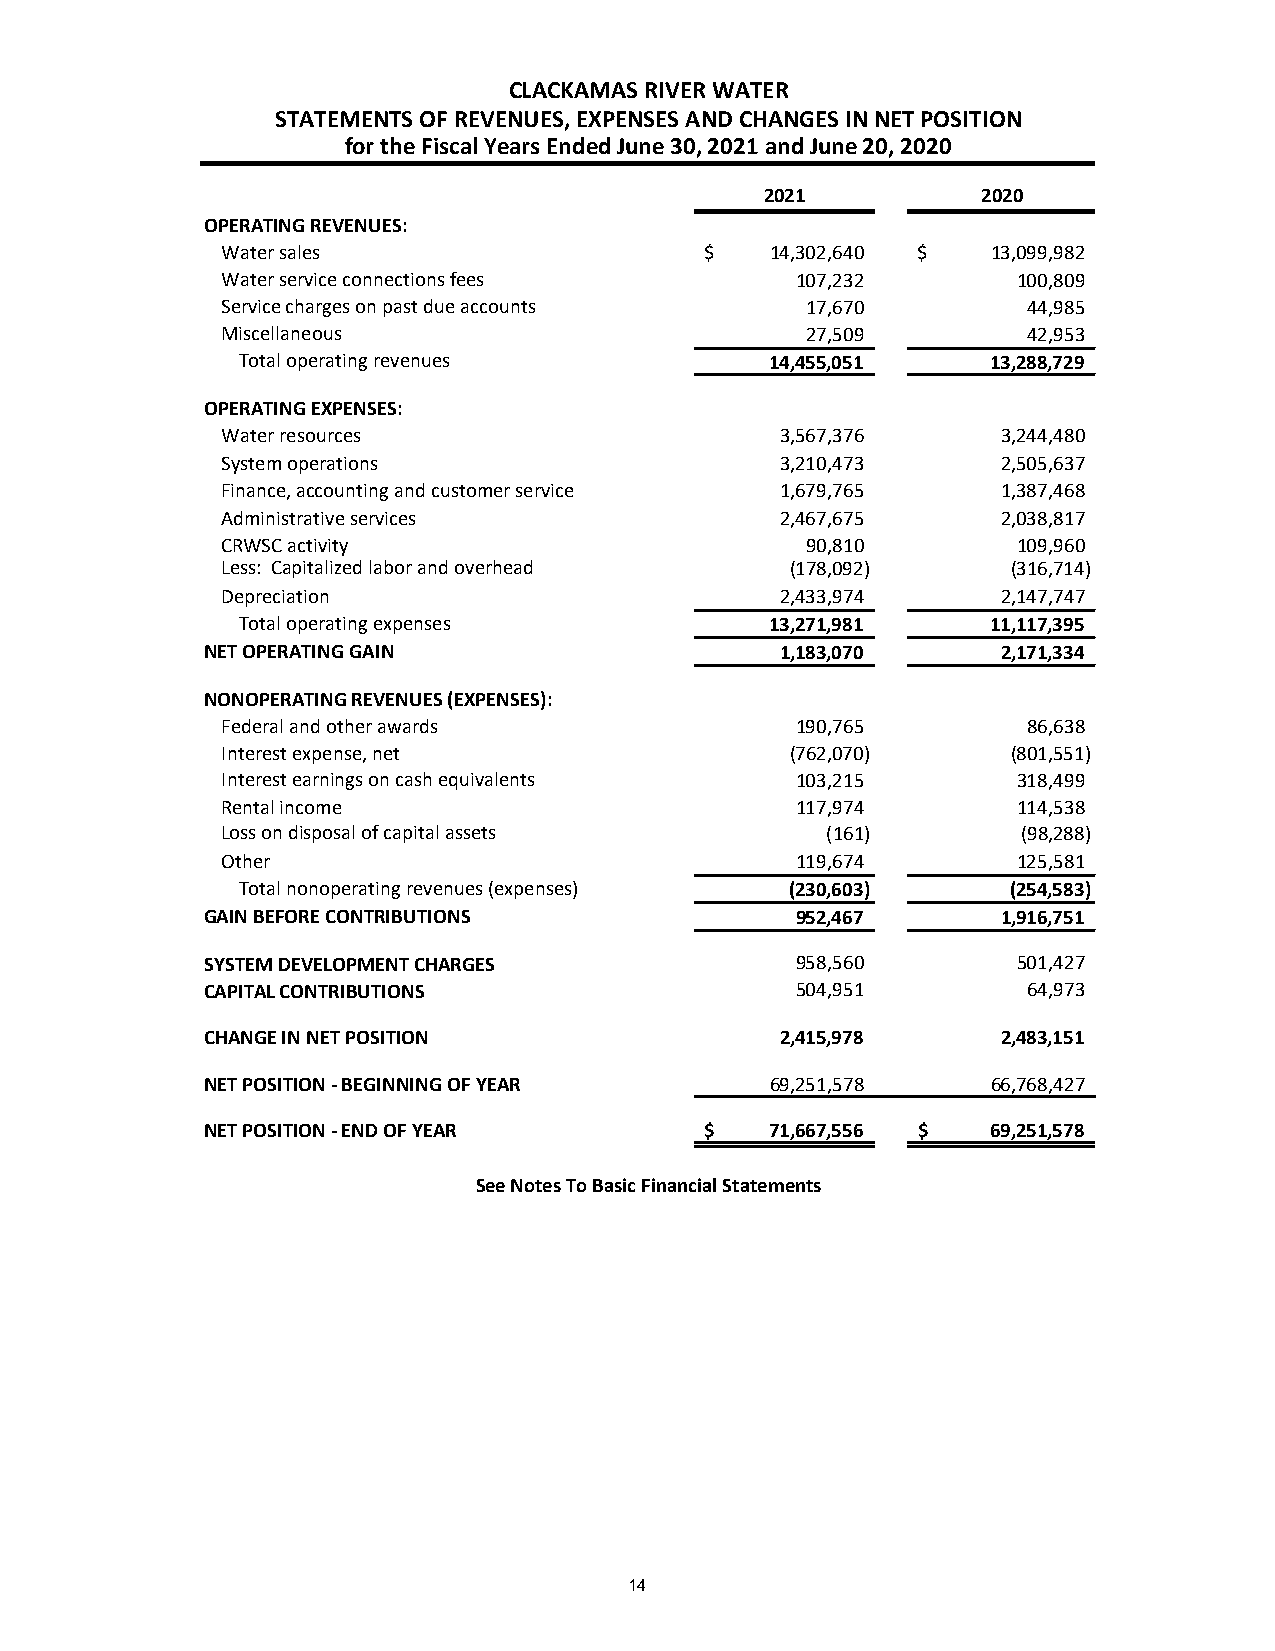
CLACKAMAS RIVER WATER
 STATEMENTS OF REVENUES, EXPENSES AND CHANGES IN NET POSITION
 for the Fiscal Years Ended June 30, 2021 and June 20, 2020
 2021          2020
 OPERATING REVENUES:
 Water sales                     $   14,302,640 $   13,099,982
 Water service connections fees        107,232       1 00,809
 Service charges on past due accounts  17,670         44,985
 Miscellaneous                         27,509         42,953
 Total operating revenues           14,455,051     13,288,729
 OPERATING EXPENSES:
 Water resources                      3,567,376     3,244,480
 System operations                    3,210,473     2,505,637
 Finance, accounting and customer service 1,679,765 1,387,468
 Administrative services              2,467,675     2,038,817
 CRWSC activity                        90,810        1 09,960
 Less: Capitalized labor and overhead (178,092)      (316,714)
 Depreciation                         2,433,974     2,147,747
 Total operating expenses           13,271,981     11,117,395
 NET OPERATING GAIN                    1,183,070     2,171,334
 NONOPERATING REVENUES (EXPENSES):
 Federal and other awards              190,765        86,638
 Interest expense, net                (762,070)      (801,551)
 Interest earnings on cash equivalents 103,215       3 18,499
 Rental income                         117,974       1 14,538
 Loss on disposal of capital assets      (161)        ( 98,288)
 Other                                 119,674       1 25,581
 Total nonoperating revenues (expenses) (230,603)   (254,583)
 GAIN BEFORE CONTRIBUTIONS              952,467      1,916,751
 SYSTEM DEVELOPMENT CHARGES             958,560       5 01,427
 CAPITAL CONTRIBUTIONS                  504,951        64,973
 CHANGE IN NET POSITION                2,415,978     2,483,151
 NET POSITION - BEGINNING OF YEAR     6 9,251,578    66,768,427
 NET POSITION - END OF YEAR       $   71,667,556 $   69,251,578
 See Notes To Basic Financial Statements
 14